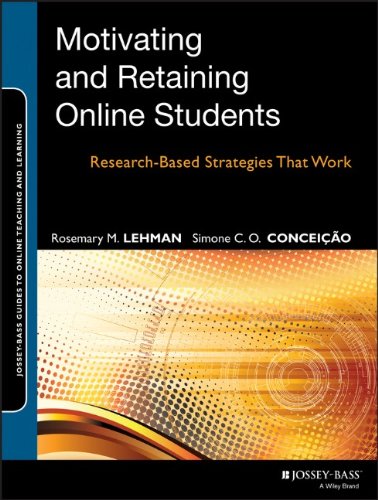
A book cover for Motivating and Retaining Online Students: Research-Based Strategies That Work; Rosemary M. Lehman; Education & Teaching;